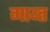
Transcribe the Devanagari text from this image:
गाय्त